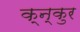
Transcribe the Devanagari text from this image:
क्न्कुर